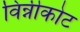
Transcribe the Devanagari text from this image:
विन्नीकोट